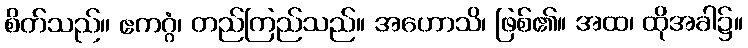
စိတ်သည်။ ဧကဂ္ဂံ၊ တည်ကြည်သည်။ အဟောသိ၊ ဖြစ်၏။ အထ၊ ထိုအခါ၌။